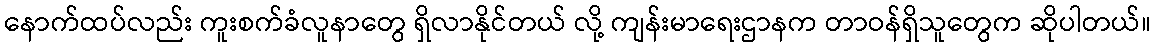
နောက်ထပ်လည်း ကူးစက်ခံလူနာတွေ ရှိလာနိုင်တယ် လို့ ကျန်းမာရေးဌာနက တာဝန်ရှိသူတွေက ဆိုပါတယ်။